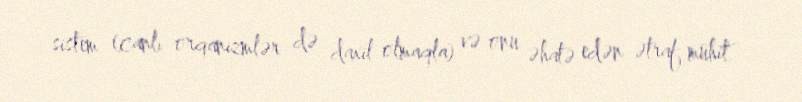
sistem (canlı orqanizmlər də daxil olmaqla) və onu əhatə edən ətraf mühit.